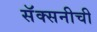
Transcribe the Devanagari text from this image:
सॅक्सनीची